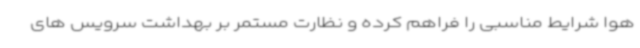
هوا شرایط مناسبی را فراهم کرده و نظارت مستمر بر بهداشت سرویس های